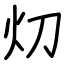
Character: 灱